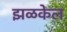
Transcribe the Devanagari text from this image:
झळकेल